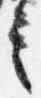
言